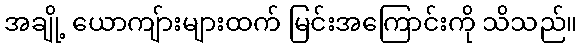
အချို့ ယောကျ်ားများထက် မြင်းအကြောင်းကို သိသည်။